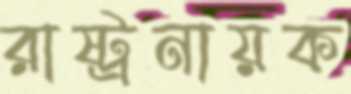
রাষ্ট্রনায়ক